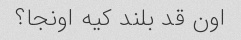
اون قد بلند کیه اونجا؟